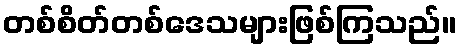
တစ်စိတ်တစ်ဒေသများဖြစ်ကြသည်။